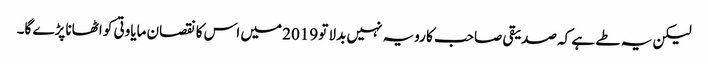
لیکن یہ طے ہے کہ صدیقی صاحب کا رویہ نہیں بدلا تو 2019 میں اس کا نقصان مایاوتی کو اٹھانا پڑے گا۔